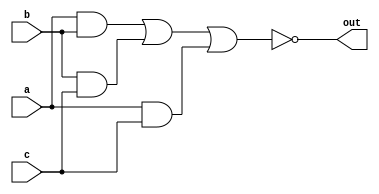
module minority_detector(a,b,c,out);
  input a,b,c; //a,b, and c are inputs of minority detector
  output reg out; //out is output of minority detector
  
  reg w1,w2,w3;
  
  always@(*)
    begin
      w1 = a&b;
      w2 = b&c;
      w3 = a&c;
      out = ~(w1|w2|w3);
    end
endmodule